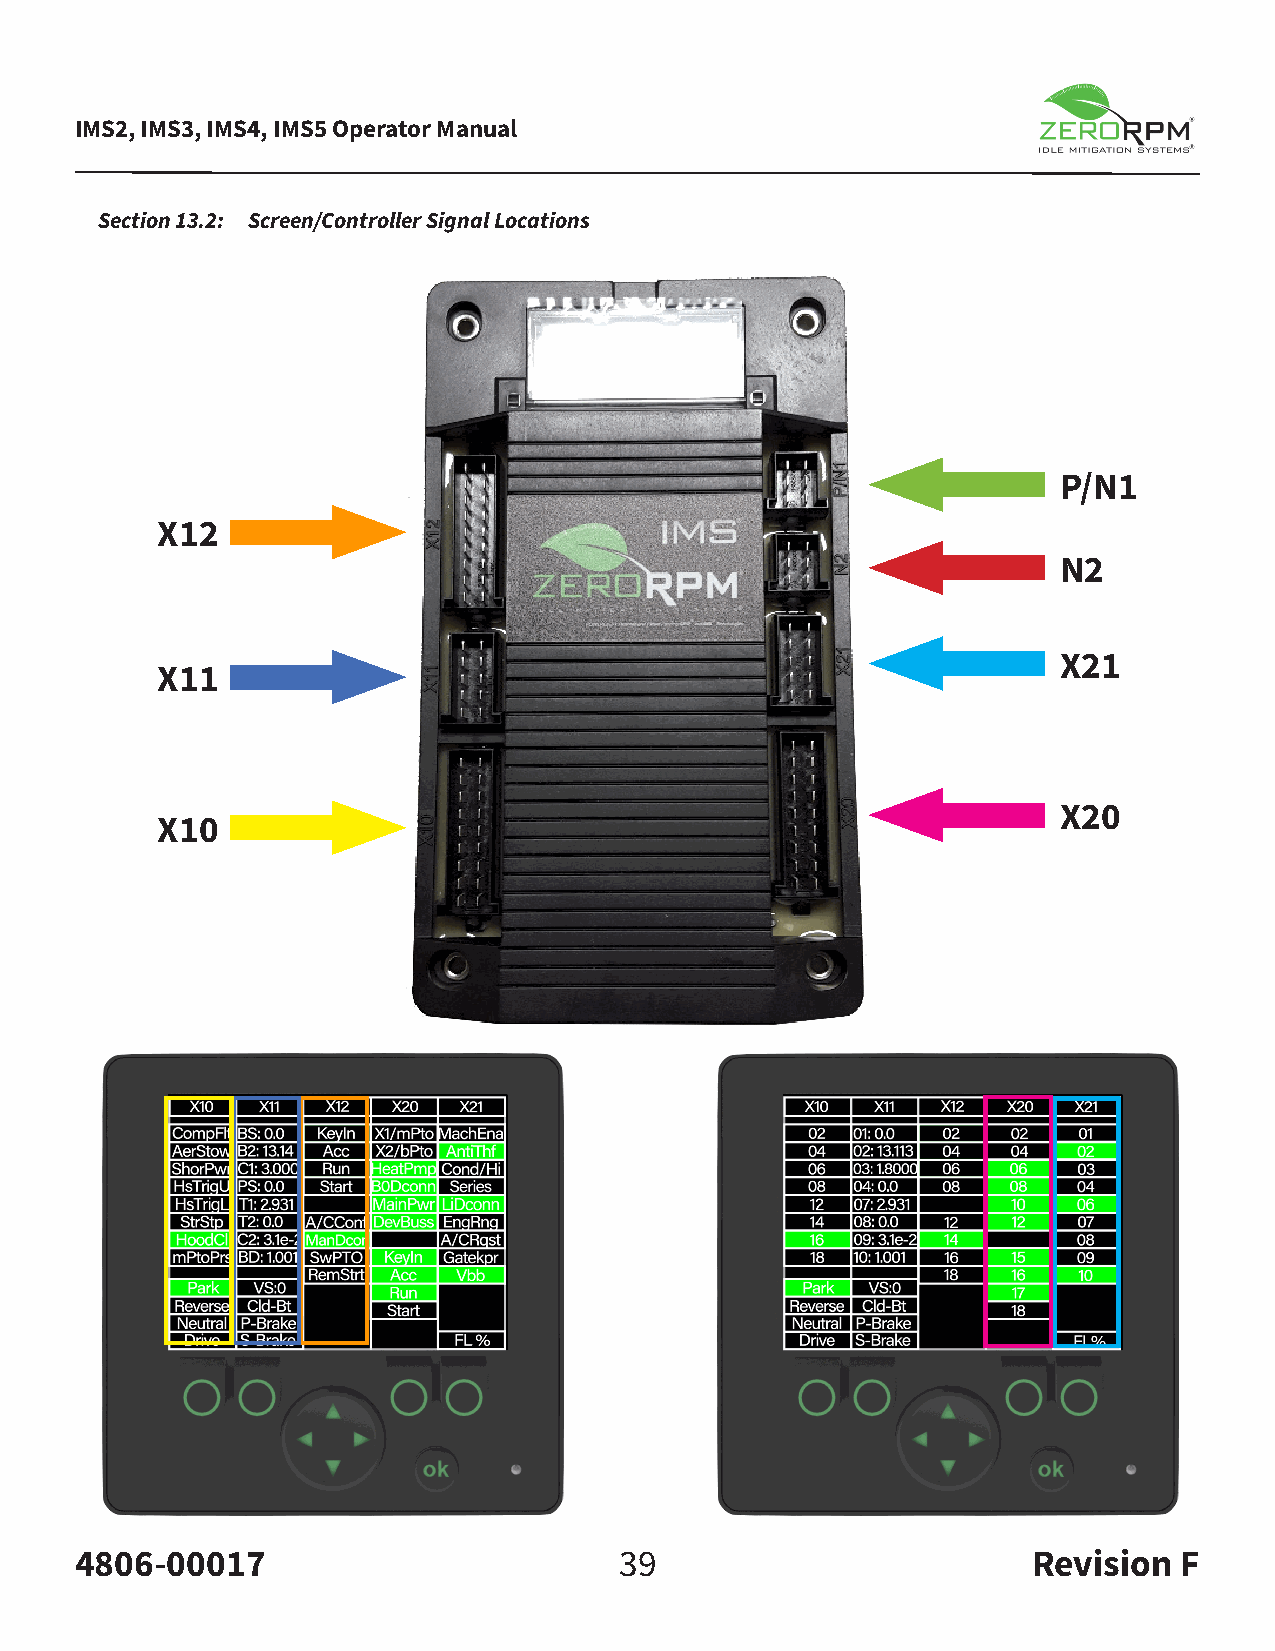
IMS2, IMS3, IMS4, IMS5 Operator Manual
 Section 13.2: Screen/Controller Signal Locations
 P/N1
 X12
 N2
 X21
 X11
 X20
 X10
 4806-00017                          39                         Revision  F